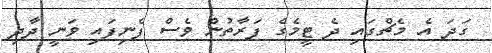
ގަދަ އެ މެޗްގައި ދެ ޓީމެގެ ފަރާތުން ވެސް ފެނިފައި ވަނީ ދާދި